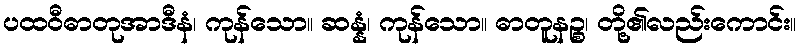
ပထဝီဓာတုအာဒီနံ၊ ကုန်သော။ ဆန္နံ၊ ကုန်သော။ ဓာတူနဉ္စ၊ တို့၏လည်းကောင်း။